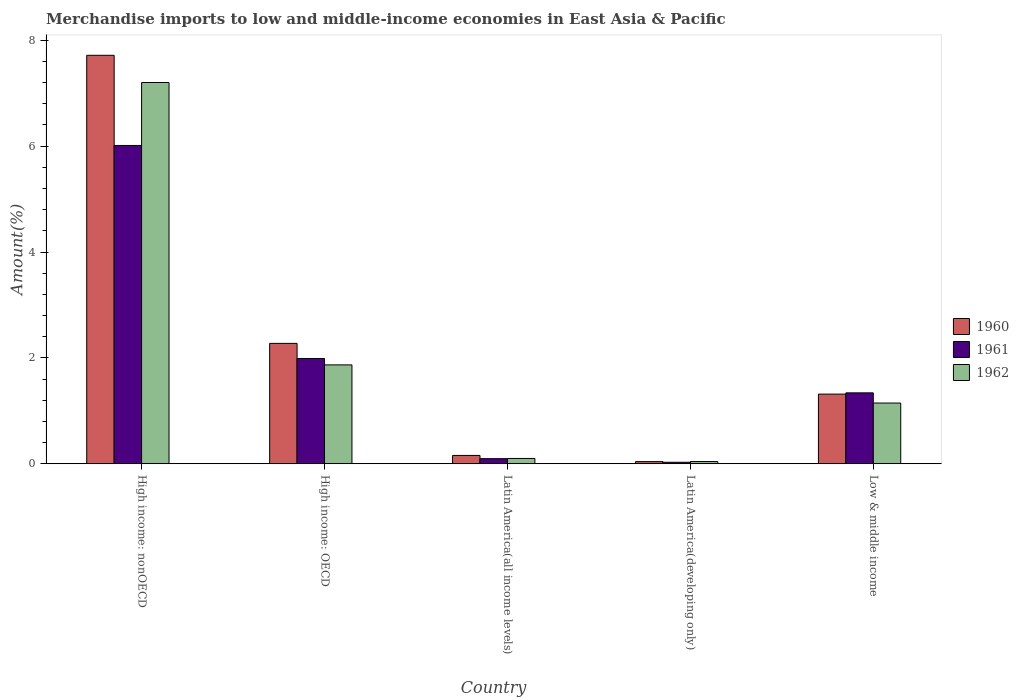
| Country | 1960 | 1961 | 1962 |
 | --- | --- | --- | --- |
 | High income: nonOECD | 7.72 | 6.01 | 7.2 |
 | High income: OECD | 2.27 | 1.99 | 1.87 |
 | Latin America(all income levels) | 0.157 | 0.0958 | 0.0996 |
 | Latin America(developing only) | 0.0401 | 0.0278 | 0.0413 |
 | Low & middle income | 1.32 | 1.34 | 1.15 |